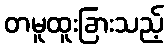
တမူထူးခြားသည့်